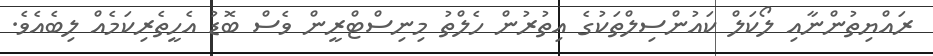
ރައްޔިތުންނާއި ލޯކަލް ކައުންސިލްތަކުގެ އިތުރުން ހެލްތު މިނިސްޓްރީން ވެސް ބޮޑު އެހީތެރިކަމެއް ލިބެއެވެ.